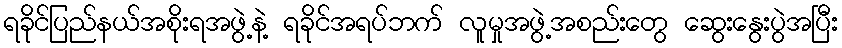
ရခိုင်ပြည်နယ်အစိုးရအဖွဲ့နဲ့ ရခိုင်အရပ်ဘက် လူမှုအဖွဲ့အစည်းတွေ ဆွေးနွေးပွဲအပြီး